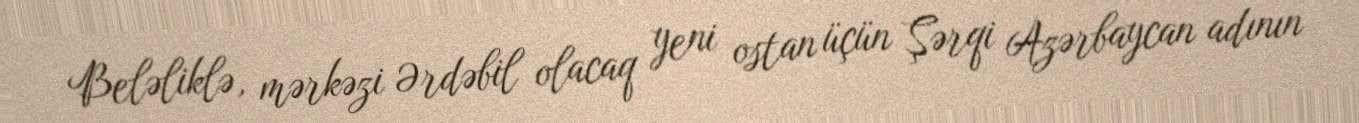
Beləliklə, mərkəzi Ərdəbil olacaq yeni ostan üçün Şərqi Azərbaycan adının